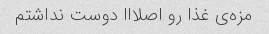
مزه‌ی غذا رو اصلااا دوست نداشتم